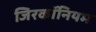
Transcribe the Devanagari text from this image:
जिरकॉनियम